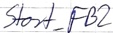
Text: Start_FB2